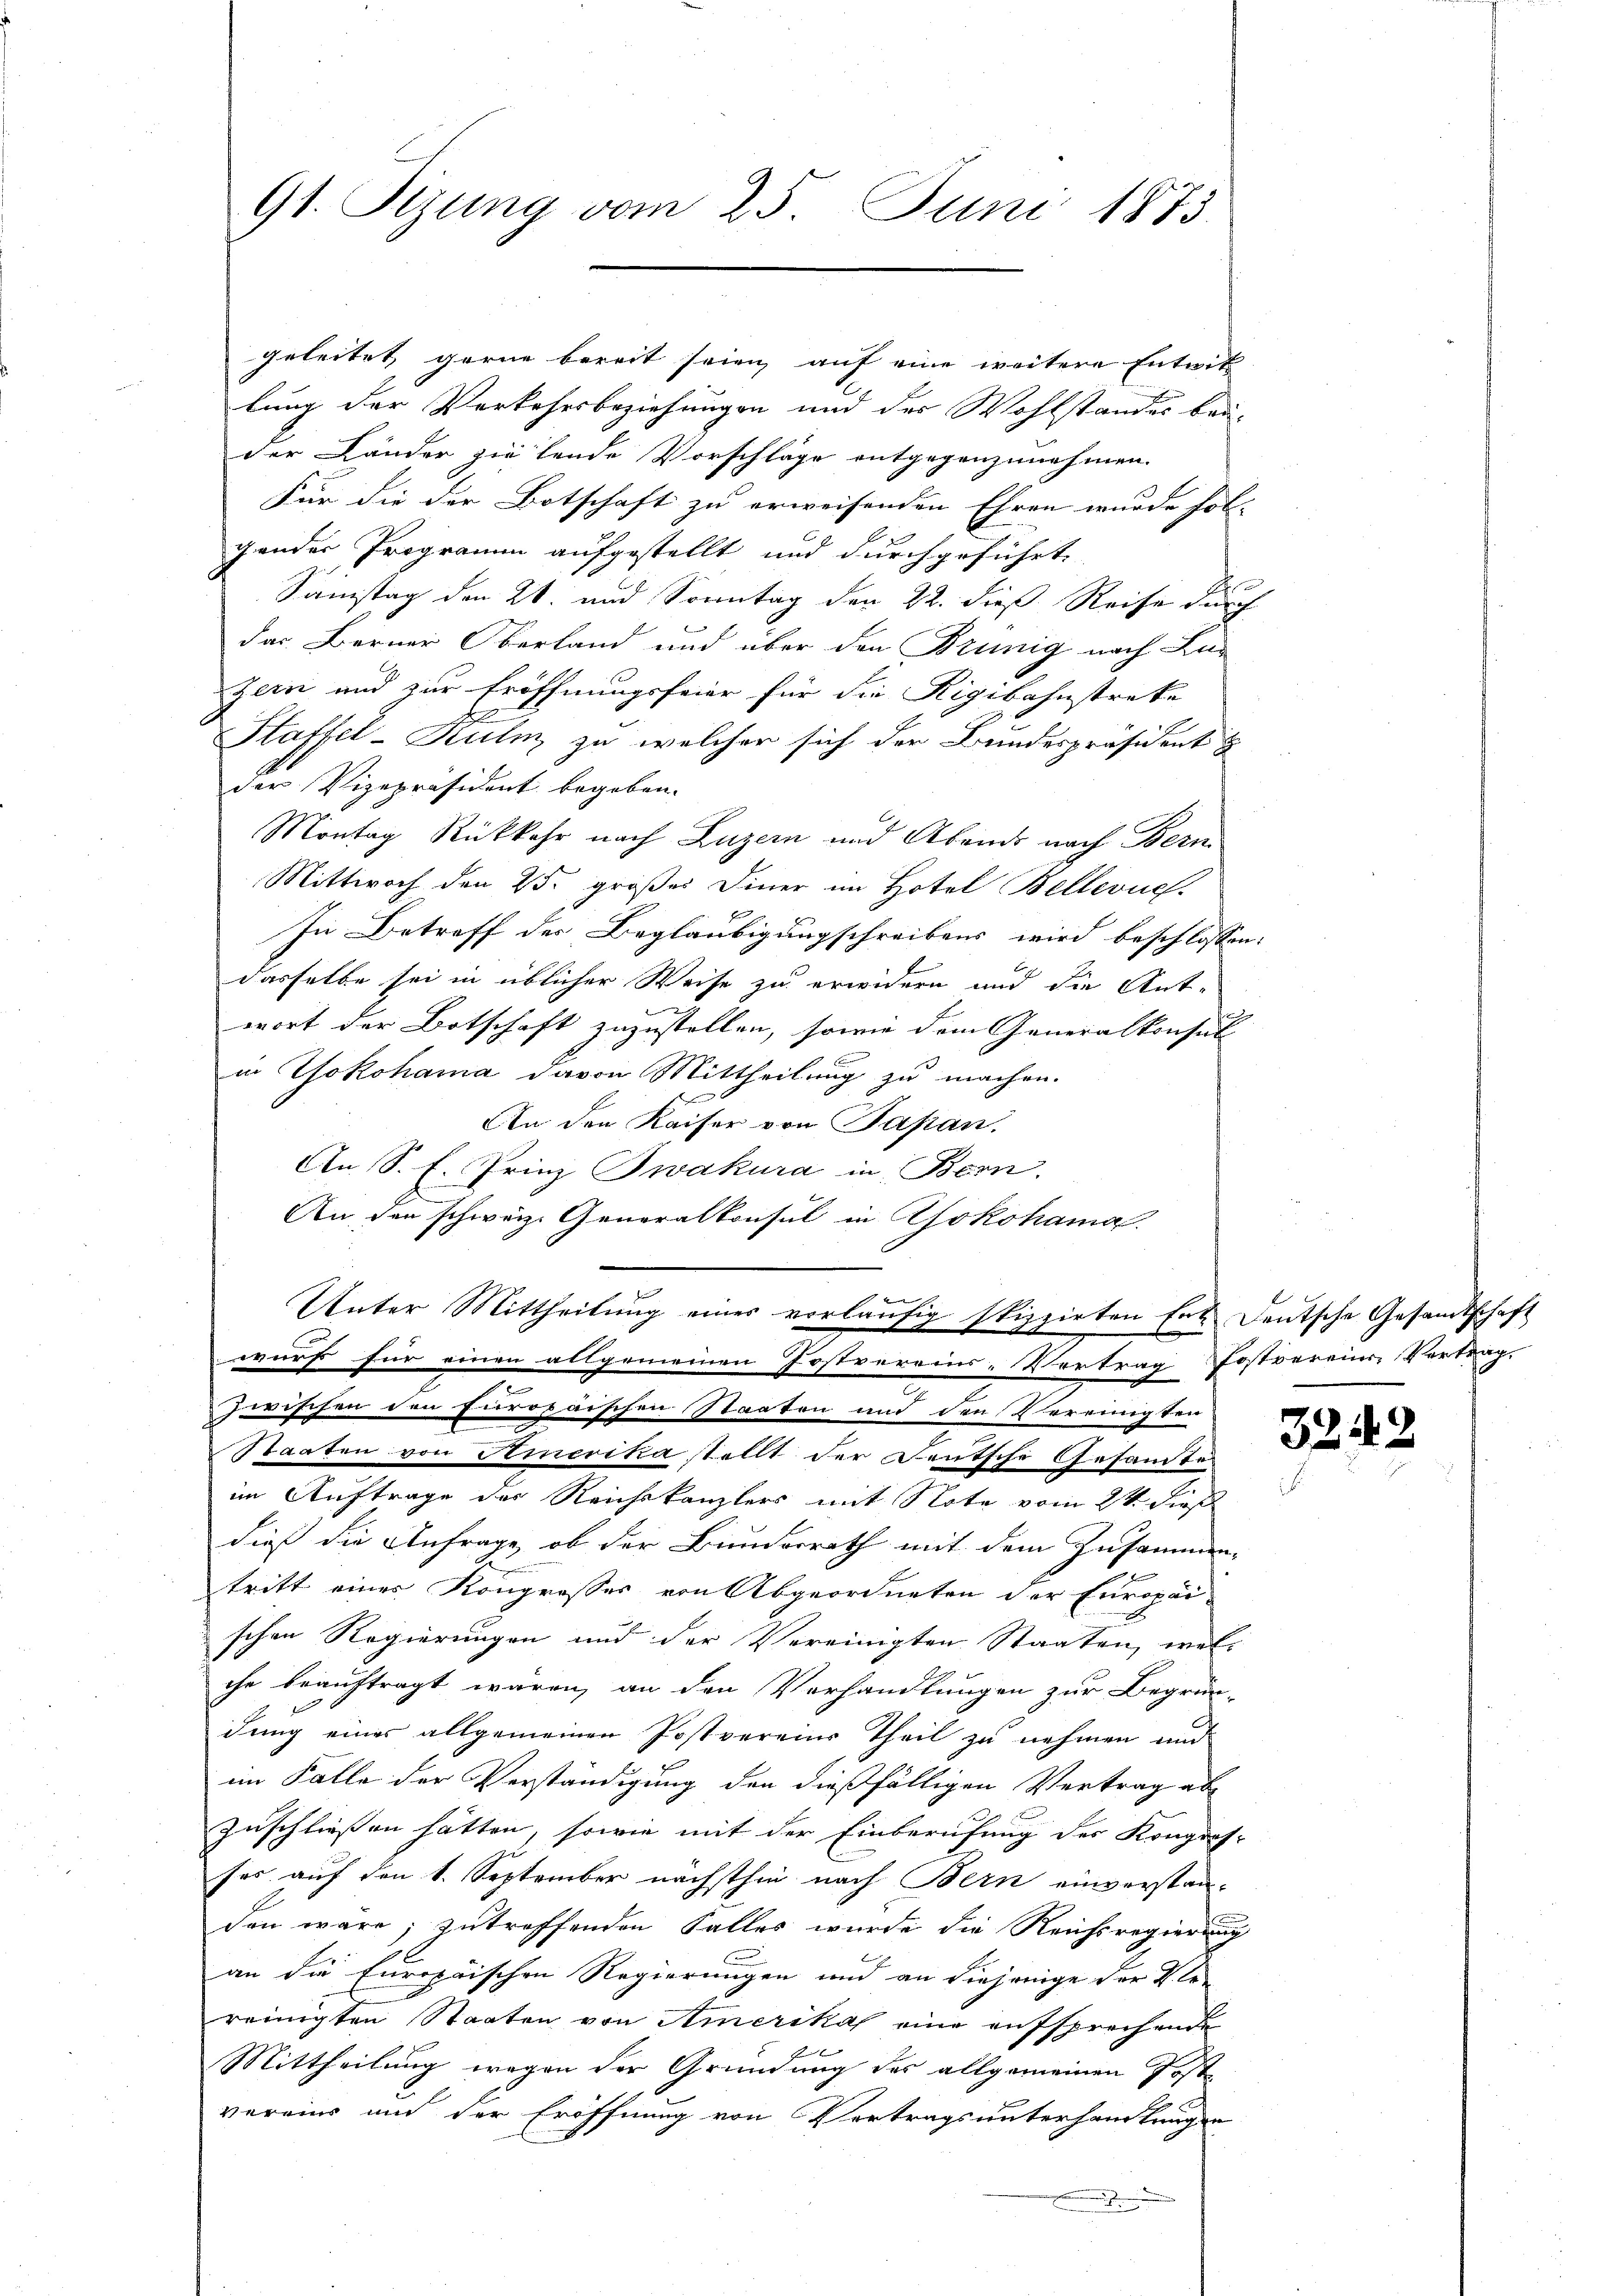
geleitet gerne bereit seien auf eine weitere Entwit
lung der Verkehrsbeziehungen und des Wohlstandes bei-
der Länder ziehende Vorschläge entgegenzunehmen.
Für die der Botschaft zu erweisenden Ehren wurde fol- |
gender Programm aufgestellt und durchgeführt
g
Samstag den 26. und Sonntag den 22. dieß Reise durch
das Berner Oberland und über den Brünig nach Luzern und zur Eröffnungsfeier für die Rigibahnstreke
Slaffel-Kulm zu welcher sich der Bundespräsident &
der Vizepräsident begeben.
Montag Rückkehr nach Luzern und Abends nach Bern
Mittwoch den 25. großes Diner im Hotel Bellevue
In Betreff des Beglaubigungschreibens wird beschlossen:
dasselbe sei in üblicher Weise zu erwidern und die Ant-
wort der Botschaft zuzustellen, sowie dem Generalkonsul
nung
in Yokohama davon Mittheilung zu machen.
An den Kaiser von Papan.
An S. E. Prinz Twakura in Bern.
An den schweiz. Generalkonsul in Yokohama
Unter Mittheilŭng einer vorläŭfig stippirten Ert Deutsche Gesandtschaft
wurf für einen allgemeinen Postvereins-Vertrag Postvereins Vertrag.
zwischen den furopäischen Staaten und den Vereinigten
Staaten von Amerika stellt der Deutsche Gesandtim Auftrage des Reichskanzlers mit Note vom 2ten dies
dieß die Anfrage, ob der Bundesrath mit dem Zusammen-
tritt einer Kongresses von Abgeordneten der Europai-
schen Regierungen und der Vereinigten Staaten, wel-
che beauftragt wären, an den Vorhandlungen zur Begrün-
dung eines allgemeinen Postvereine Theil zu nehmen und
im Falle der Verständigung den dießfälligen Vertrag ab
zuschließen hätten, sowie mit der Einberufung des Kongres
ses auf den 1. September nächsthin nach Bern einverstan-
den wäre; zutreffenden Falles wurde die Reichsregierung
an die Europäischen Regierungen und an diejenige der Kla-
reinigten Staaten von Amerika eine aufsprechende
Mittheilung wegen der Gründung des allgemeinen Post
vereins und der Eröffnung von Vertragsunterhandlungen
.

91. Sizung vom 25. Juni 1873

33/

43